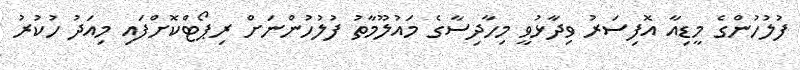
ފުލުހުންގެ މީޑިއާ އޮފިސަރު ވިދާޅުވީ މިހާދިސާގެ މައުލޫމާތު ފުލުހުންނަށް ރިޕޯޓްކޮށްފައި މިއަދު ހުކުރު